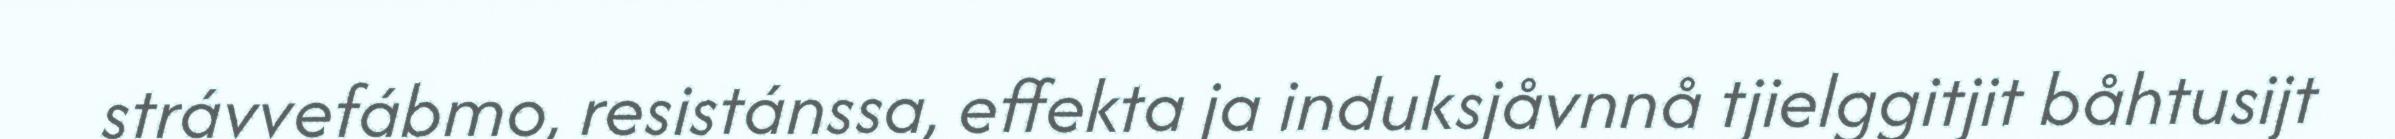
strávvefábmo, resistánssa, effekta ja induksjåvnnå tjielggitjit båhtusijt